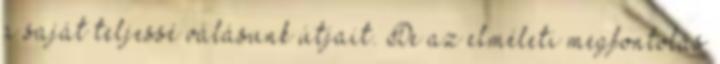
a saját teljessé válásunk útjait. De az elméleti megfontolás